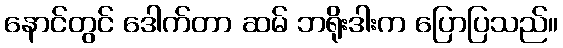
နောင်တွင် ဒေါက်တာ ဆမ် ဘရိုးဒါးက ပြောပြသည်။